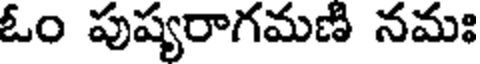
ఓం పుష్యరాగమణి నమః